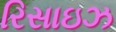
રિસાઇઝ